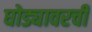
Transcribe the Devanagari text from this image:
घोड्यावरची